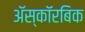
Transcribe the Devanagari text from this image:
अॅस्कॉरबिक